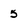
Character: 5